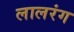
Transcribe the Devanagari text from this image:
लालरंग